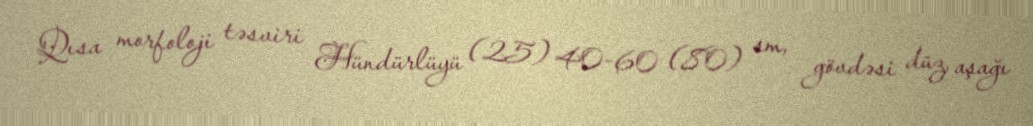
Qısa morfoloji təsviri Hündürlüyü (25) 40-60 (80) sm, gövdəsi düz, aşağı